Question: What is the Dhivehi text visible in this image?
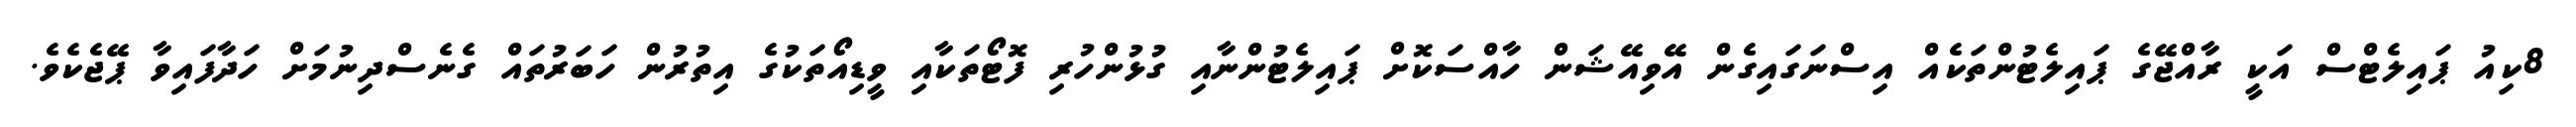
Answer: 8ކިއު ޕައިލެޓްސް އަކީ ރާއްޖޭގެ ޕައިލެޓުންތަކެއް އިސްނަގައިގެން އޭވިއޭޝަން ހާއްސަކޮށް ޕައިލެޓުންނާއި ގުޅުންހުރި ފޮޓޯތަކާއި ވީޑިއޯތަކުގެ އިތުރުން ހަބަރުތައް ގެނެސްދިނުމަށް ހަދާފައިވާ ޕޭޖެކެވެ.